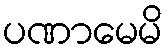
ပဏာမေမိ